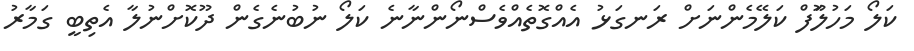
ކަލޯ މަހުލަޫފް ކަލޭމެންނަށް ރަނގަޅު އެއްގޮތެއްވެސްނޯންނާނެ ކަލޯ ނުބުނެގެން ދޫކޮށްނުލާ އެތިބީ ގަމާރު